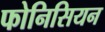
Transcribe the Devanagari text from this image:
फोनिसियन